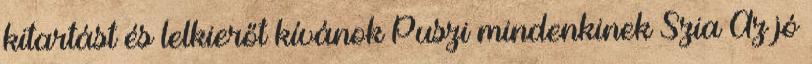
kitartást és lelkierőt kívánok Puszi mindenkinek Szia Az jó